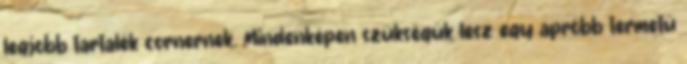
legjobb tartalék cornernek. Mindenképen szükségük lesz egy apróbb termetű